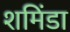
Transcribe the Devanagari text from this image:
शमिंडा